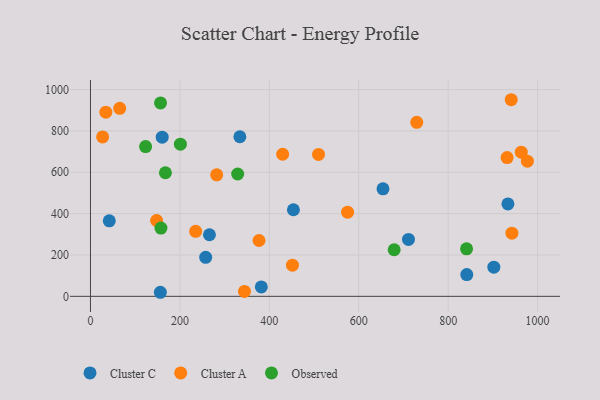
{"axis": {"x": "Experience", "y": "Rating"}, "legend": ["Cluster A", "Cluster C", "Observed"], "data": [{"x": "382.1", "y": 45.3, "type": "Cluster C"}, {"x": "902.1", "y": 141.1, "type": "Cluster C"}, {"x": "334.1", "y": 771.8, "type": "Cluster C"}, {"x": "266.1", "y": 297.8, "type": "Cluster C"}, {"x": "654.2", "y": 520.1, "type": "Cluster C"}, {"x": "933.6", "y": 446.8, "type": "Cluster C"}, {"x": "42.1", "y": 365.4, "type": "Cluster C"}, {"x": "453.9", "y": 418.7, "type": "Cluster C"}, {"x": "841.6", "y": 105.3, "type": "Cluster C"}, {"x": "711.2", "y": 275.2, "type": "Cluster C"}, {"x": "160.4", "y": 770.0, "type": "Cluster C"}, {"x": "257.7", "y": 188.7, "type": "Cluster C"}, {"x": "156.3", "y": 19.6, "type": "Cluster C"}, {"x": "27.2", "y": 771.1, "type": "Cluster A"}, {"x": "931.8", "y": 670.9, "type": "Cluster A"}, {"x": "235.3", "y": 314.2, "type": "Cluster A"}, {"x": "65.4", "y": 909.1, "type": "Cluster A"}, {"x": "977.1", "y": 653.6, "type": "Cluster A"}, {"x": "282.3", "y": 587.6, "type": "Cluster A"}, {"x": "510.0", "y": 686.4, "type": "Cluster A"}, {"x": "963.4", "y": 697.4, "type": "Cluster A"}, {"x": "147.9", "y": 366.7, "type": "Cluster A"}, {"x": "344.4", "y": 23.8, "type": "Cluster A"}, {"x": "729.7", "y": 841.5, "type": "Cluster A"}, {"x": "34.4", "y": 890.5, "type": "Cluster A"}, {"x": "575.0", "y": 407.0, "type": "Cluster A"}, {"x": "941.0", "y": 950.9, "type": "Cluster A"}, {"x": "429.8", "y": 687.3, "type": "Cluster A"}, {"x": "451.7", "y": 150.8, "type": "Cluster A"}, {"x": "377.0", "y": 270.0, "type": "Cluster A"}, {"x": "942.5", "y": 305.4, "type": "Cluster A"}, {"x": "167.6", "y": 597.8, "type": "Observed"}, {"x": "156.7", "y": 935.5, "type": "Observed"}, {"x": "679.2", "y": 225.2, "type": "Observed"}, {"x": "123.3", "y": 724.4, "type": "Observed"}, {"x": "841.1", "y": 229.9, "type": "Observed"}, {"x": "329.2", "y": 591.7, "type": "Observed"}, {"x": "201.1", "y": 735.9, "type": "Observed"}, {"x": "157.6", "y": 330.1, "type": "Observed"}]}